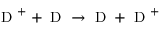
\mathrm { ~ D ~ } ^ { + } + \mathrm { ~ D ~ } \rightarrow \mathrm { ~ D ~ } + \mathrm { ~ D ~ } ^ { + }